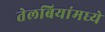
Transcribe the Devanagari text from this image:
तेलबियांमध्ये